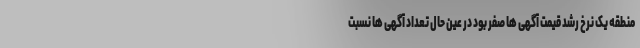
منطقه یک نرخ رشد قیمت آگهی ها صفر بود در عین حال تعداد آگهی ها نسبت